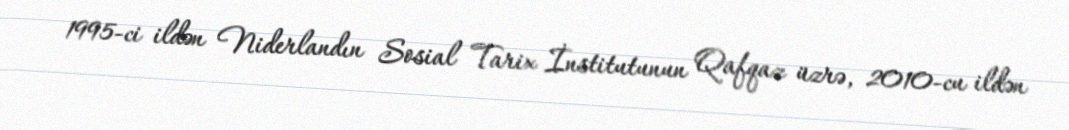
1995-ci ildən Niderlandın Sosial Tarix İnstitutunun Qafqaz üzrə, 2010-cu ildən